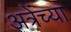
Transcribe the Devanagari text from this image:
अत्रेंच्या